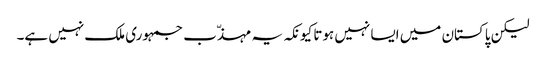
لیکن پاکستان میں ایسا نہیں ہوتا کیونکہ یہ مہذّب جمہوری ملک نہیں ہے۔